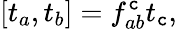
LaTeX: [t_{a},t_{b}]=f_{ab}^{\mathtt{c}}t_{\mathtt{c}},